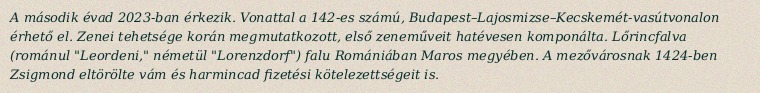
A második évad 2023-ban érkezik. Vonattal a 142-es számú, Budapest–Lajosmizse–Kecskemét-vasútvonalon érhető el. Zenei tehetsége korán megmutatkozott, első zeneműveit hatévesen komponálta. Lőrincfalva (románul "Leordeni," németül "Lorenzdorf") falu Romániában Maros megyében. A mezővárosnak 1424-ben Zsigmond eltörölte vám és harmincad fizetési kötelezettségeit is.